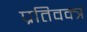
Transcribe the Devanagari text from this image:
प्रतिवक्त्रं